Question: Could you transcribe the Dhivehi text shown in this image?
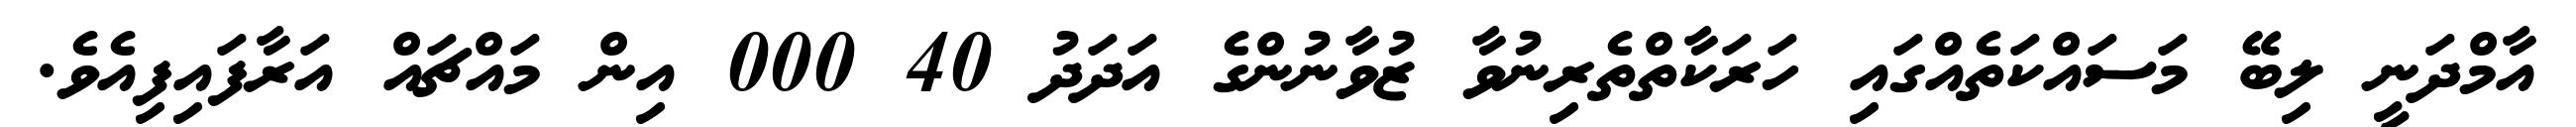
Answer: އާމްދަނީ ލިބޭ މަސައްކަތެއްގައި ހަރަކާތްތެރިނުވާ ޒުވާނުންގެ އަދަދު 40 000 އިން މައްޗައް އަރާފައިފިއެވެ.